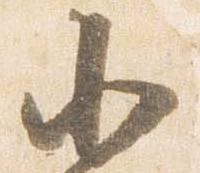
北